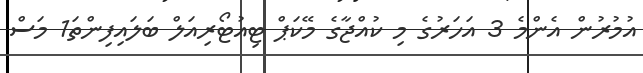
އުމުރުން އެންމެ 3 އަހަރުގެ މި ކުއްޖާގެ މޭކަޕް ޓިއުޓޯރިއަލް ބަލައިފިންތަ1 މަސް